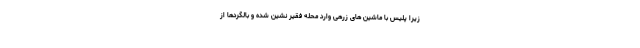
زیرا پلیس با ماشین های زرهی وارد محله فقیر نشین شده و بالگردها از